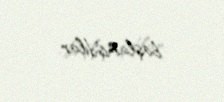
başlamışdılar.